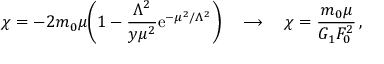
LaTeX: \chi = - 2 m _ { 0 } \mu \bigg ( 1 - \frac { \Lambda ^ { 2 } } { y \mu ^ { 2 } } \mathrm { e } ^ { - \mu ^ { 2 } / \Lambda ^ { 2 } } \bigg ) \quad \longrightarrow \quad \chi = \frac { m _ { 0 } \mu } { G _ { 1 } F _ { 0 } ^ { 2 } } \, ,